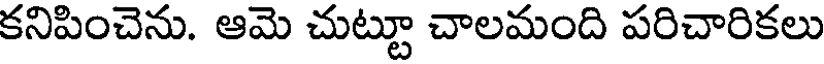
కనిపించెను. ఆమె చుట్టూ చాలమంది పరిచారికలు